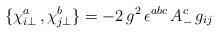
LaTeX: \begin{align*}\{ \chi^a_{i \bot} \,, \chi^b_{j \bot} \} =- 2 \, g^2 \, \epsilon^{abc} \, A^c_- \, g_{i j}\end{align*}